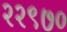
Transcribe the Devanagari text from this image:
२२९७०